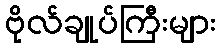
ဗိုလ်ချုပ်ကြီးများ